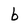
Character: b